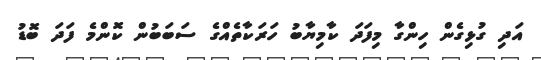
އަދި ގުޅިގެން ހިންގާ މިފަދަ ކާމިޔާބު ހަރަކާތެއްގެ ސަބަބުން ކޮންމެ ފަދަ ބޮޑު